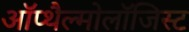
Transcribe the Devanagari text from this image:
ऑप्थैल्मोलॉजिस्ट